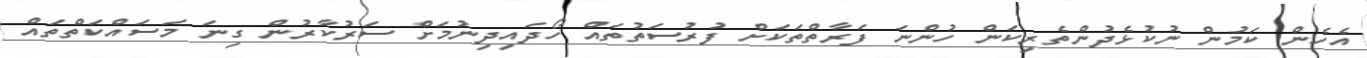
އެެހެން ކަމުން ނުކުޅެދުންތެރިކަން ހުންނަ ފަރާތްތަކަށް ފުރުސަތުތައް ހޯދައިދިނުމަށް ސަރުކާރުން ގިނަ މަސައްކަތްތައް